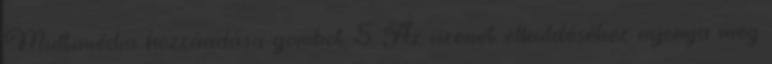
Multimédia hozzáadása gombot. 5. Az üzenet elküldéséhez nyomja meg